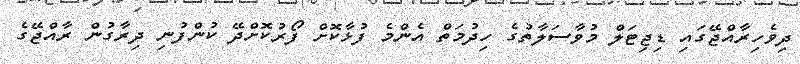
ދިވެހިރާއްޖޭގައި ޑިޖިޓަލް މުވާސަލާތުގެ ހިދުމަތް އެންމެ ފުޅާކޮށް ފޯރުކޮށްދޭ ކުންފުނި ދިރާގުން ރާއްޖޭގެ